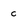
Character: c